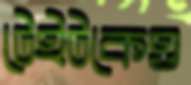
টেইটকেও